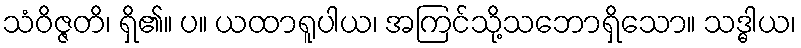
သံဝိဇ္ဇတိ၊ ရှိ၏။ ပ။ ယထာရူပါယ၊ အကြင်သို့သဘောရှိသော။ သဒ္ဓါယ၊